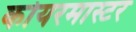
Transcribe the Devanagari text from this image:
कोयरमास्टर